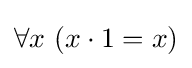
\forall x\ (x\cdot 1=x)